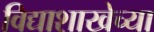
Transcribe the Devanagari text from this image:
विद्याशाखेच्या